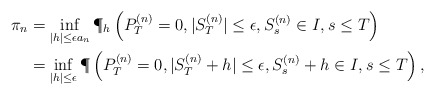
\begin{align*} \pi_n &= \inf_{|h| \leq \epsilon a_n} \P_h\left( P^{(n)}_T = 0, |S^{(n)}_T| \leq \epsilon, S^{(n)}_s \in I, s \leq T \right)\\ &= \inf_{|h| \leq \epsilon} \P\left( P^{(n)}_T = 0, |S^{(n)}_{T}+h| \leq \epsilon, S^{(n)}_s + h \in I, s \leq T \right),\end{align*}